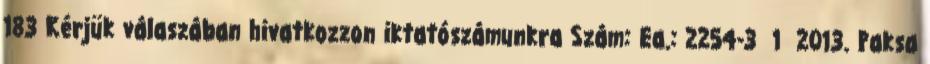
183 Kérjük válaszában hivatkozzon iktatószámunkra Szám: Ea.: 2254-3 1 2013. Paksa